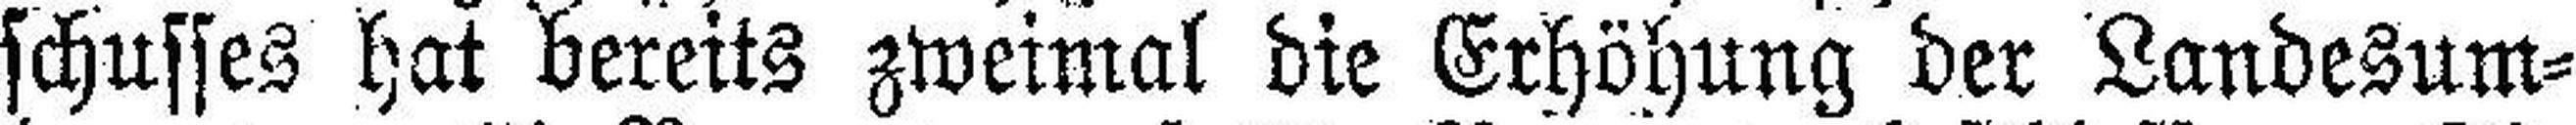
schusses hat bereits zweimal die Erhöhung der Landesum¬